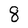
Character: 8